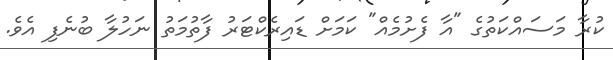
ކުރާ މަސައްކަތުގެ "އާ ފެށުމެއް" ކަމަށް ޑައިރެކްޓަރު ފާތުމަތު ނަހުލާ ބުނެފި އެވެ.